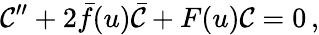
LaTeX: \mathcal{C}^{\prime\prime}+2\bar{{f}}(u)\bar{{\mathcal{C}}}+F(u)\mathcal{C}=0\, ,